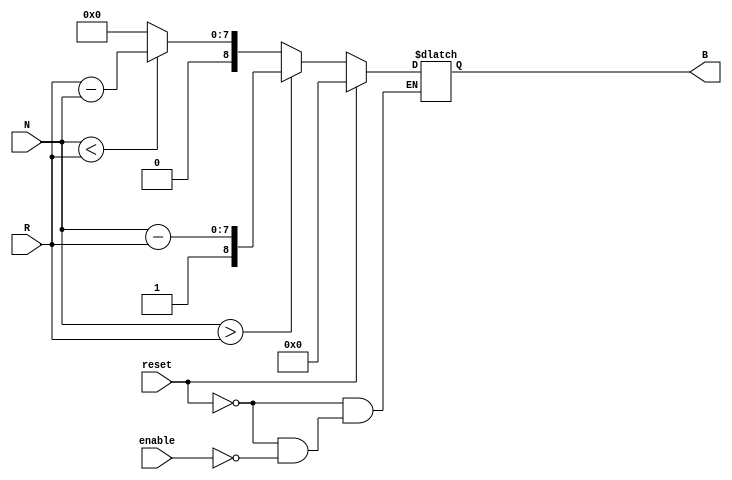
module relative_encoder #(
    parameter N_BITS = 8, // Number of bits for position input
    parameter B_BITS = N_BITS + 1 // Output bits: 1 extra bit for direction
)(
    input wire [N_BITS-1:0] N, // Current position input
    input wire [N_BITS-1:0] R, // Reference position input
    input wire reset,           // Reset input
    input wire enable,          // Enable input
    output reg [B_BITS-1:0] B  // Binary output
);

    always @(*) begin
        if (reset) begin
            B = 0; // Reset output to zero
        end else if (enable) begin
            if (N > R) begin
                B = {1'b1, N - R}; // Positive direction with magnitude
            end else if (N < R) begin
                B = {1'b0, R - N}; // Negative direction with magnitude
            end else begin
                B = {1'b0, 8'b0}; // No change
            end
        end else begin
            B = B; // Maintain current value if not enabled
        end
    end

endmodule